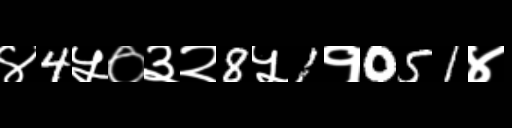
Text: ४4५०३२8५1१051४